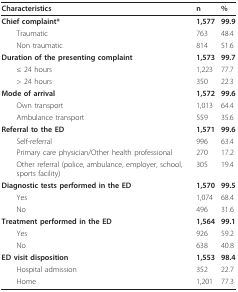
<table><thead><tr><td><b>Characteristics</b></td><td><b>n</b></td><td><b>%</b></td></tr></thead><tbody><tr><td><b>Chief complaint*</b></td><td><b>1,577</b></td><td><b>99.9</b></td></tr><tr><td> Traumatic</td><td>763</td><td>48.4</td></tr><tr><td> Non traumatic</td><td>814</td><td>51.6</td></tr><tr><td><b>Duration of the presenting complaint</b></td><td><b>1,573</b></td><td><b>99.7</b></td></tr><tr><td> ≤ 24 hours</td><td>1,223</td><td>77.7</td></tr><tr><td> &gt; 24 hours</td><td>350</td><td>22.3</td></tr><tr><td><b>Mode of arrival </b></td><td><b>1,572</b></td><td><b>99.6</b></td></tr><tr><td> Own transport</td><td>1,013</td><td>64.4</td></tr><tr><td> Ambulance transport</td><td>559</td><td>35.6</td></tr><tr><td><b>Referral to the ED</b></td><td><b>1,571</b></td><td><b>99.6</b></td></tr><tr><td> Self-referral</td><td>996</td><td>63.4</td></tr><tr><td> Primary care physician/Other health professional</td><td>270</td><td>17.2</td></tr><tr><td> Other referral (police, ambulance, employer, school, sports facility)</td><td>305</td><td>19.4</td></tr><tr><td><b>Diagnostic tests performed in the ED</b></td><td><b>1,570</b></td><td><b>99.5</b></td></tr><tr><td> Yes</td><td>1,074</td><td>68.4</td></tr><tr><td> No</td><td>496</td><td>31.6</td></tr><tr><td><b>Treatment performed in the ED</b></td><td><b>1,564</b></td><td><b>99.1</b></td></tr><tr><td> Yes</td><td>926</td><td>59.2</td></tr><tr><td> No</td><td>638</td><td>40.8</td></tr><tr><td><b>ED visit disposition</b></td><td><b>1,553</b></td><td><b>98.4</b></td></tr><tr><td> Hospital admission</td><td>352</td><td>22.7</td></tr><tr><td> Home</td><td>1,201</td><td>77.3</td></tr></tbody></table>